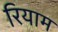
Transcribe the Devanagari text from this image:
रियाम